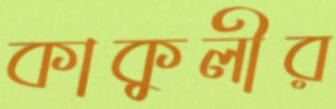
কাকুলীর